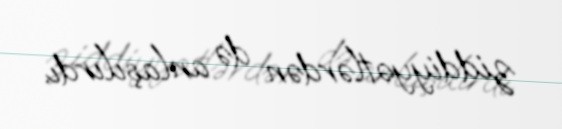
ziddiyyətlərdən də anlaşılırdı.